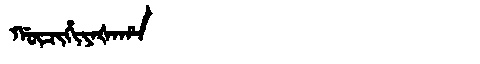
Manchu: ᡤᡡᠴᡳᡥᡳᠶᠠᡧᠠᡥᠠ
Romanization: GŪCIHIYAŠAHA